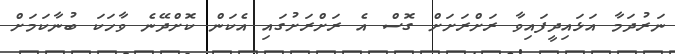
ނަރުދަމާ އަޅައިދީފައިވާ ރަށްރަށަށް ގޮސް އެ ރަށްރަށުގައި އެކަން ކޮށްދޭނެ ވާހަކަ ބުނާކަމަށް